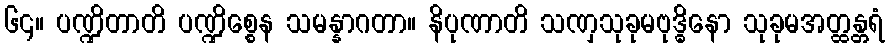
၆၄။ ပဏ္ဍိတာတိ ပဏ္ဍိစ္စေန သမန္နာဂတာ။ နိပုဏာတိ သဏှသုခုမဗုဒ္ဓိနော သုခုမအတ္ထန္တရံ